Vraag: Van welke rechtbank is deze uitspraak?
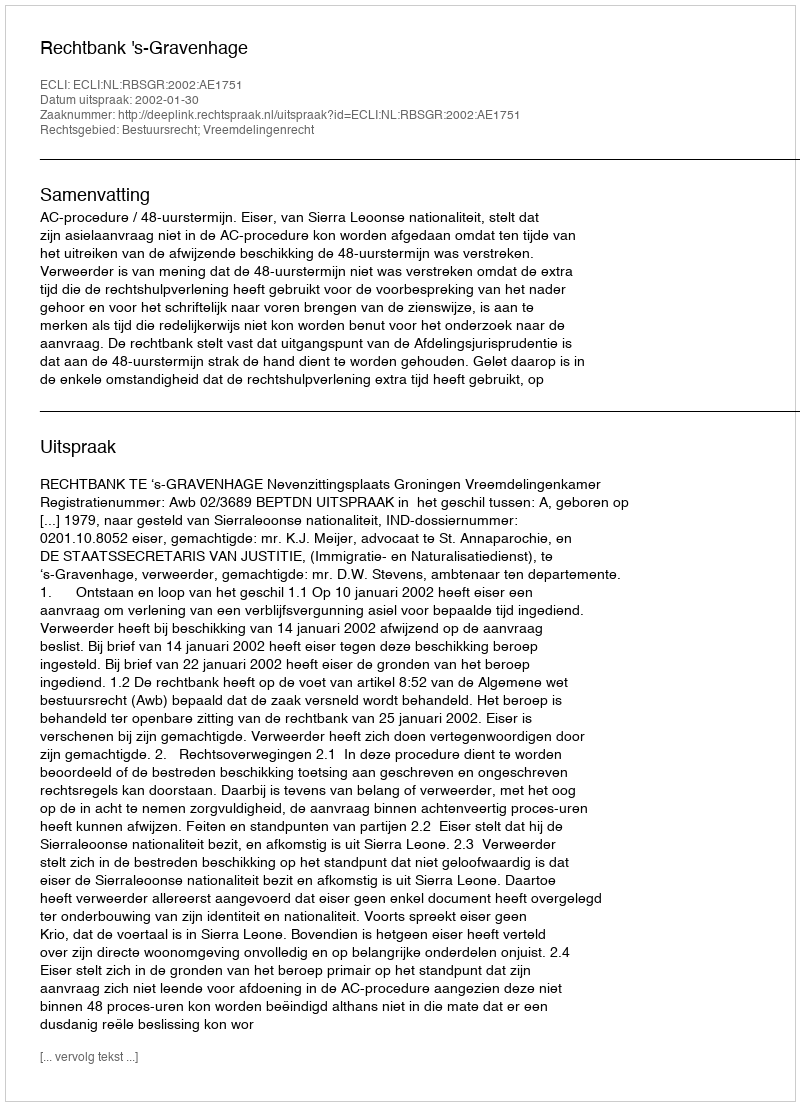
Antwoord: Rechtbank 's-Gravenhage